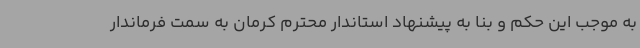
به موجب این حکم و بنا به پیشنهاد استاندار محترم کرمان به سمت فرماندار